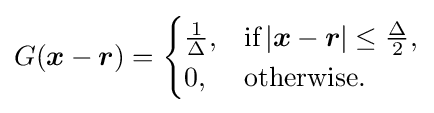
G({\boldsymbol {x}}-{\boldsymbol {r}})={\begin{cases}{\frac {1}{\Delta }},&{\text{if}}\left|{\boldsymbol {x}}-{\boldsymbol {r}}\right|\leq {\frac {\Delta }{2}},\\0,&{\text{otherwise}}.\end{cases}}